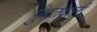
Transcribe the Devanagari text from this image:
गुंबजवाली